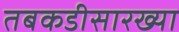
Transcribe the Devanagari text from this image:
तबकडीसारख्या